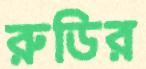
রুডির